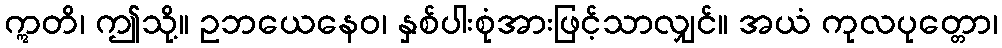
ဣတိ၊ ဤသို့။ ဥဘယေနေဝ၊ နှစ်ပါးစုံအားဖြင့်သာလျှင်။ အယံ ကုလပုတ္တော၊